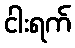
ငါးရက်